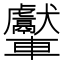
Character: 𨏾